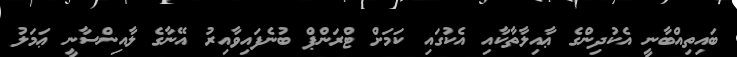
ބައިތިއްބާނީ އެކުދިންގެ ޢާއިލާތާކާއި އެކުގައި ކަމަށް ޓްރަންޕް ބުނެފައިވާއިރު އޭނާގެ ލާއިންސާނީ ޢަމަލު